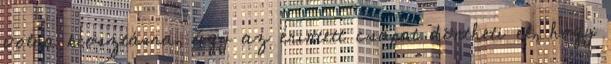
volna kiosztásra, úgy az érintett csapat döntheti el, hogy